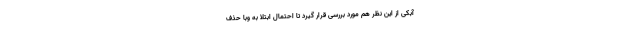
آبکی از این نظر هم مورد بررسی قرار گیرد تا احتمال ابتلا به وبا حذف